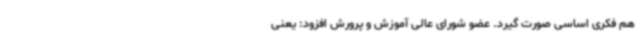
هم فکری اساسی صورت گیرد. عضو شورای عالی آموزش و پرورش افزود: یعنی